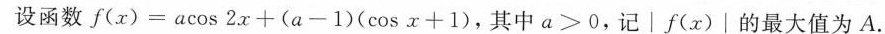
设函数$$f ( x ) = a cos 2 x + ( a - 1 ) ( cos x + 1 )$$，其中$$a > 0$$，记\left |f(x)\right |的最大值为A.